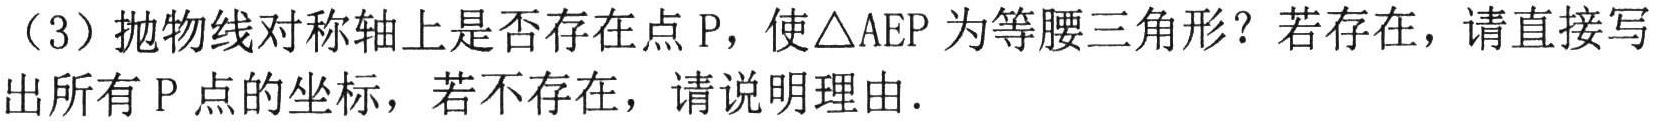
（3）抛物线对称轴上是否存在点 \(P\)，使\(\triangle AEP\) 为等腰三角形？若存在，请直接写出所有 \(P\) 点的坐标，若不存在，请说明理由.